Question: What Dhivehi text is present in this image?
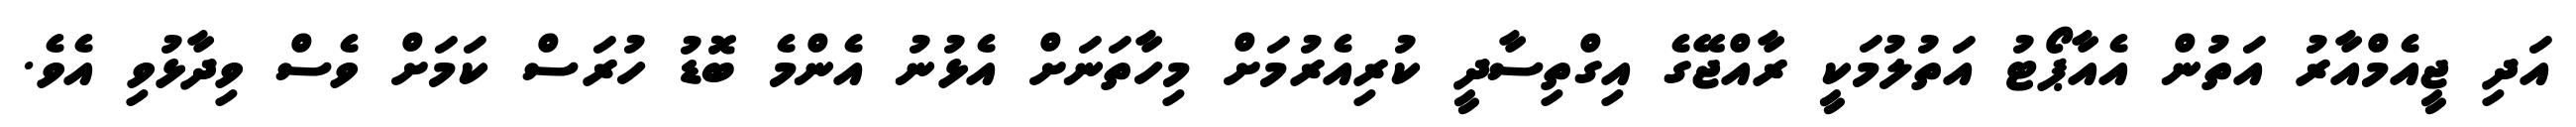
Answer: އަދި ޖީއެމްއާރު އަތުން އެއާޕޯޓު އަތުލުމަކީ ރާއްޖޭގެ އިގްތިސާދީ ކުރިއެރުމަށް މިހާތަނަށް އެޅުނު އެންމެ ބޮޑު ހުރަސް ކަމަށް ވެސް ވިދާޅުވި އެވެ.